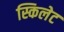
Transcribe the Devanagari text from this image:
स्किलेट